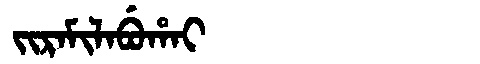
Manchu: ᠵᡳᡵᠠᠮᡳᠯᠠᠪᡠᡥᠠᡳ
Romanization: JIRAMILABUHAI